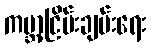
ကမ္ဘာ့ငြိမ်းချမ်းရေး